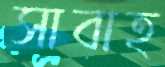
সাবাহ